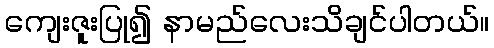
ကျေးဇူးပြု၍ နာမည်လေးသိချင်ပါတယ်။